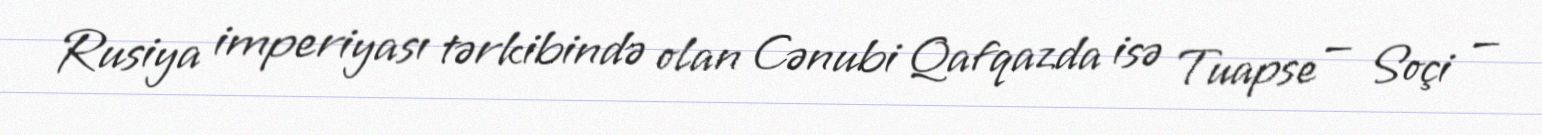
Rusiya imperiyası tərkibində olan Cənubi Qafqazda isə Tuapse — Soçi —